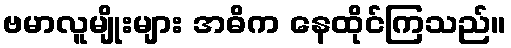
ဗမာလူမျိုးများ အဓိက နေထိုင်ကြသည်။